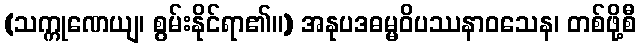
(သက္ကုဏေယျ၊ စွမ်းနိုင်ရာ၏။) အနုပဒဓမ္မဝိပဿနာဝသေန၊ တစ်ဖို့စီ